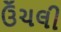
ઉઁચલી